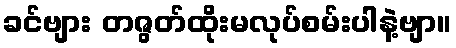
ခင်ဗျား တဇွတ်ထိုးမလုပ်စမ်းပါနဲ့ဗျာ။